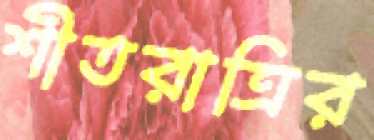
শীতরাত্রির